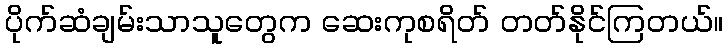
ပိုက်ဆံချမ်းသာသူတွေက ဆေးကုစရိတ် တတ်နိုင်ကြတယ်။